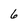
Character: 6